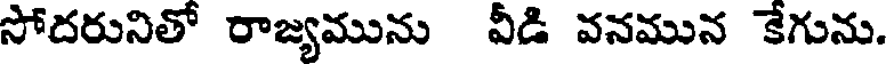
సోదరునితో రాజ్యమును వీడి వనమున కేగును.